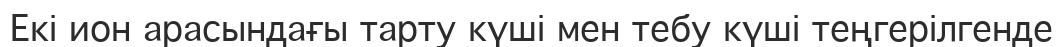
Екі ион арасындағы тарту күші мен тебу күші теңгерілгенде